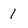
Character: 1